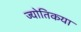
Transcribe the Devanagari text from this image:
ज्‍योतिकया